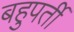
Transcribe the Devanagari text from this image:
बहुपर्ती